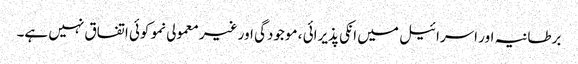
برطانیہ اور اسرائیل میں انکی پذیرائی ، موجودگی اور غیر معمولی نمو کوئی اتفاق نہیں ہے۔